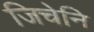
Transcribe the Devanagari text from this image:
जिचेनि